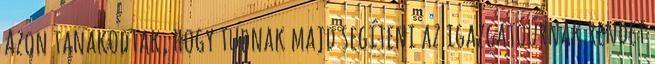
Azon tanakodtak, hogy tudnak majd segíteni az igazgatóúrnak rendet